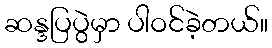
ဆန္ဒပြပွဲမှာ ပါဝင်ခဲ့တယ်။